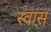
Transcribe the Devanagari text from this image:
स्वांस